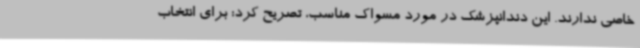
خاصی ندارند. این دندانپزشک در مورد مسواک مناسب، تصریح کرد: برای انتخاب